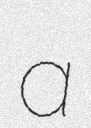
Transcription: a